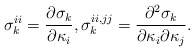
\begin{align*}\sigma_{k}^{ii}=\frac{\partial \sigma_k}{\partial \kappa_i},\sigma_{k}^{ii,jj}=\frac{\partial^2 \sigma_{k}}{\partial \kappa_i\partial\kappa_j}.\end{align*}